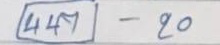
447 - 20